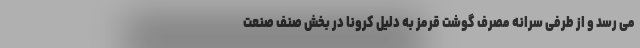
می رسد و از طرفی سرانه مصرف گوشت قرمز به دلیل کرونا در بخش صنف صنعت